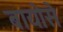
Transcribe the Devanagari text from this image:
बायोसे